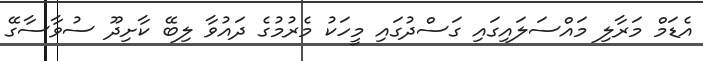
އެޑަމް މަރާލި މައްސަލައިގައި ގަސްދުގައި މީހަކު މެރުމުގެ ދައުވާ ލިބޭ ކާށިދޫ ސުވާސާގޭ